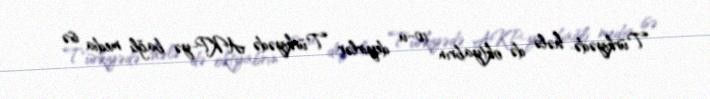
Türkiyədə hələ də oktyabrın 10-u deyirlər Türkiyədə AKP-yə bağlı media isə